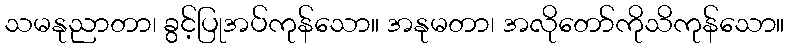
သမနုညာတာ၊ ခွင့်ပြုအပ်ကုန်သော။ အနုမတာ၊ အလိုတော်ကိုသိကုန်သော။